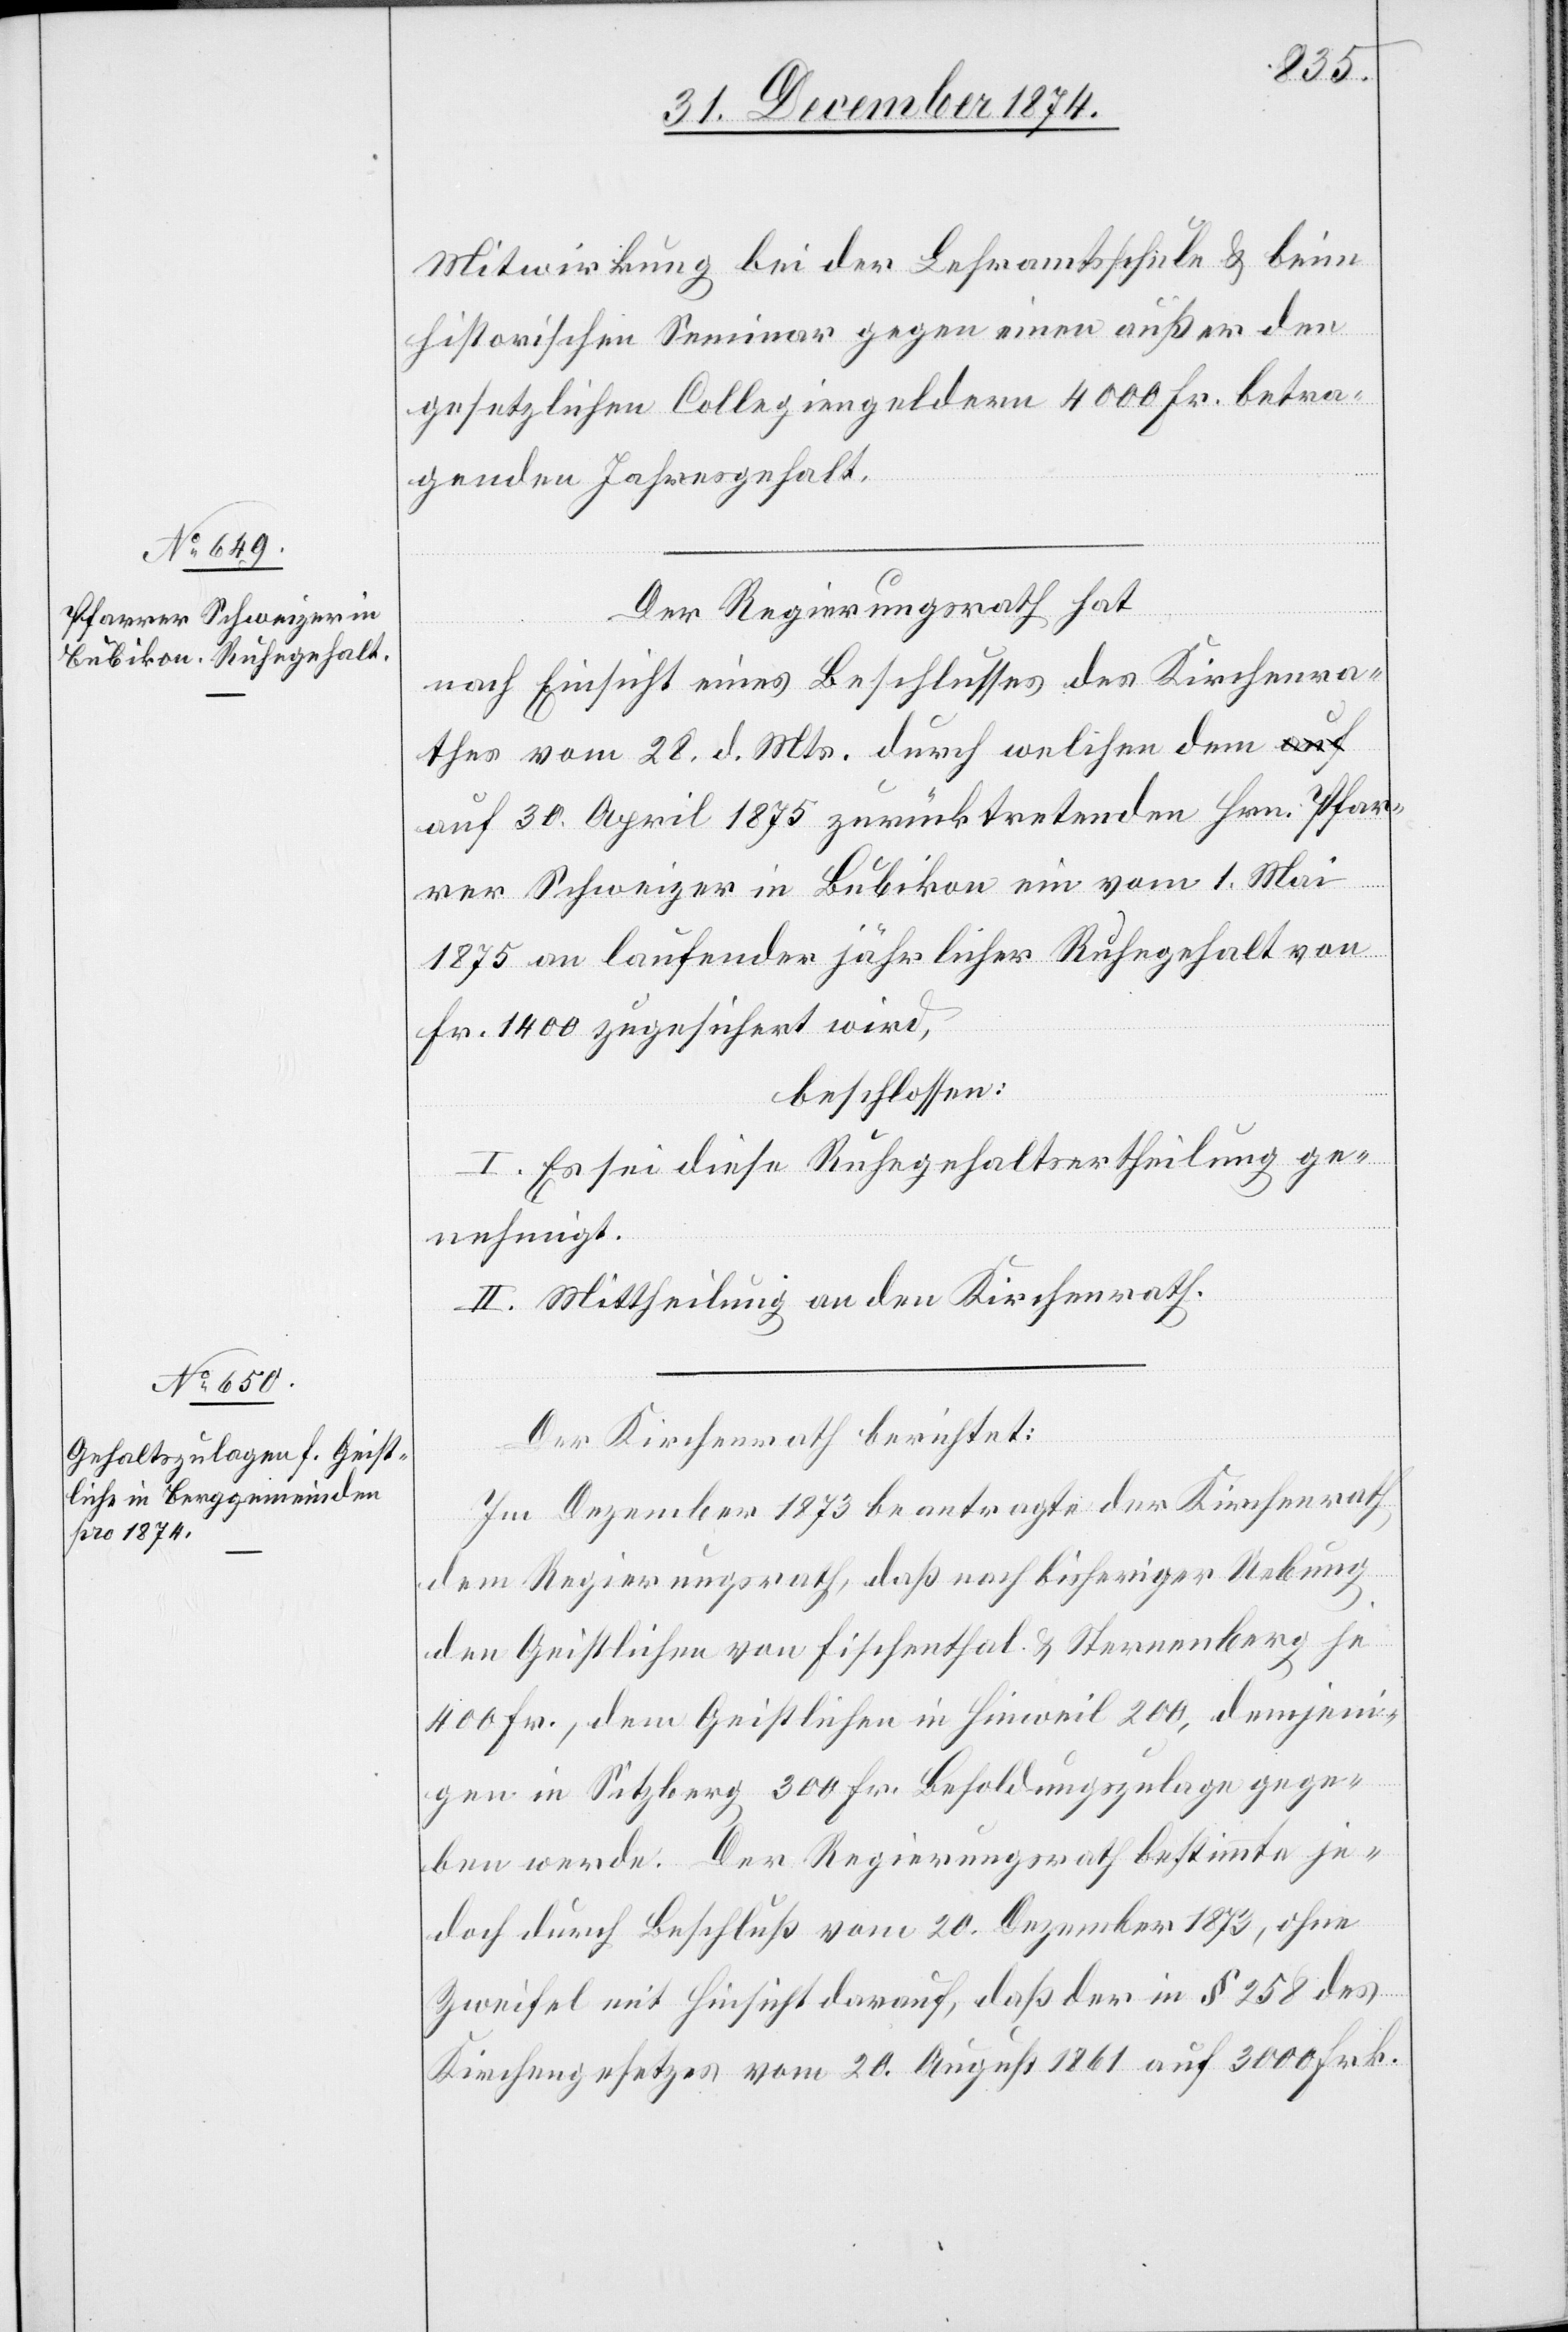
Mitwirkung bei der Lehramtsschule & beim
historischen Seminar gegen einen außer den
gesetzlichen Collegiengeldern 4000 Fr. betra¬
genden Jahresgehalt.
Der Regierungsrath hat
nach Einsicht eines Beschlusses des Kirchenra¬
thes vom 28. d. Mts. durch welchen dem
auf 30. April 1875 zurücktretenden Hrn. Pfar¬
rer Schweizer in Bubikon ein vom 1. Mai
1875 an laufender jährlicher Ruhegehalt von
Fr. 1400 zugesichert wird,
beschlossen:
I. Es sei diese Ruhegehaltsertheilung ge¬
nehmigt.
II. Mittheilung an den Kirchenrath.
Der Kirchenrath berichtet:
Im Dezember 1873 beantragte der Kirchenrath
dem Regierungsrath, daß nach bisheriger Uebung
den Geistlichen von Fischenthal & Sternenberg je
400 Fr., dem Geistlichen in Hinweil 200, demjeni¬
gen in Sitzberg 300 Fr. Besoldungszulage gege¬
ben werde. Der Regierungsrath bestimmte je¬
doch durch Beschluß vom 20. Dezember 1873, ohne
Zweifel mit Hinsicht darauf, daß der in § 25 des
Kirchengesetzes vom 20. August 1861 auf 3000 Frk.